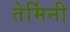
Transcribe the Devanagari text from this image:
तेर्मिनी